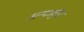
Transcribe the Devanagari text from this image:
अन्फार्चुनेट